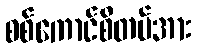
စစ်ကောင်စီတပ်အား